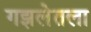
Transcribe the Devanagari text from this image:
गझलेतला